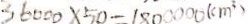
3 6 0 0 0 \times 5 0 = 1 8 0 0 0 0 0 ( c m ^ { 3 } )